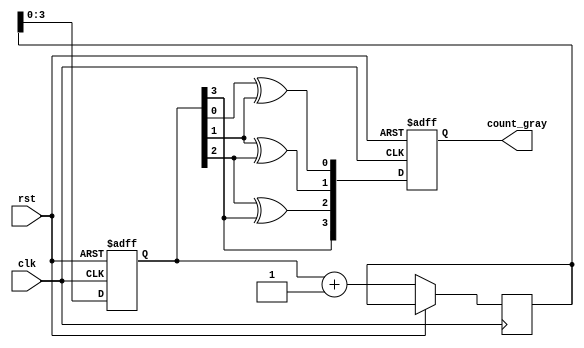
module gray_counter(
    input wire clk,
    input wire rst,
    output reg [3:0] count_gray
);

reg [3:0] count_bin;
reg [4:0] temp;

always @(posedge clk or posedge rst) begin
    if (rst) begin
        count_bin <= 4'b0000;
        count_gray <= 4'b0000;
    end else begin
        temp <= count_bin + 1;
        count_bin <= temp;
        count_gray[0] <= count_bin[0] ^ count_bin[1];
        count_gray[1] <= count_bin[1] ^ count_bin[2];
        count_gray[2] <= count_bin[2] ^ count_bin[3];
        count_gray[3] <= count_bin[3];
    end
end

endmodule